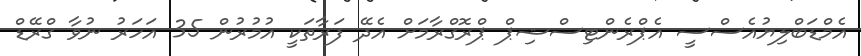
އެމްޑަބްލިޔުއެސްސީ އެޕްރެންޓިސްޝިޕް ޕްރޮގްރާމަށް އެދޭ ފަރާތަކީ އުމުރުން 35 އަހަރު ނުވާ ގްރޭޑް